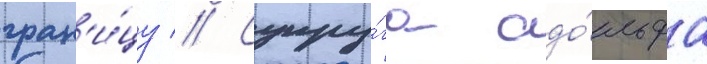
гран'и́цу // Супру́га адо́льфа